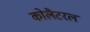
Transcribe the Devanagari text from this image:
कोलैटरल